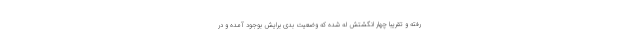
رفته و تقریبا چهار انگشتش له شده که وضعیت بدی برایش بوجود آمده و در